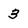
Character: 3